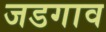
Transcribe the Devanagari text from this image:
जडगाव